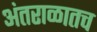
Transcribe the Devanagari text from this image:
अंतराळातच